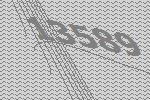
13589